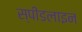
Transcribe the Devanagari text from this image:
स्पीडलाइन